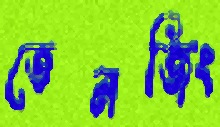
তেনজিং